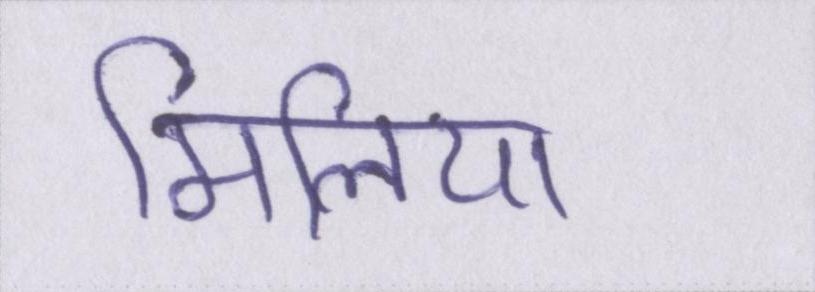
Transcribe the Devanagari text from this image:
मिलिया